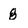
Character: 8